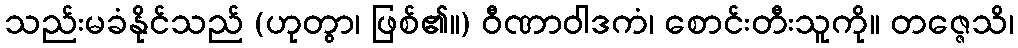
သည်းမခံနိုင်သည် (ဟုတွာ၊ ဖြစ်၏။) ဝီဏာဝါဒကံ၊ စောင်းတီးသူကို။ တဇ္ဇေသိ၊